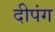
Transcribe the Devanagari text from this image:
दीपंग